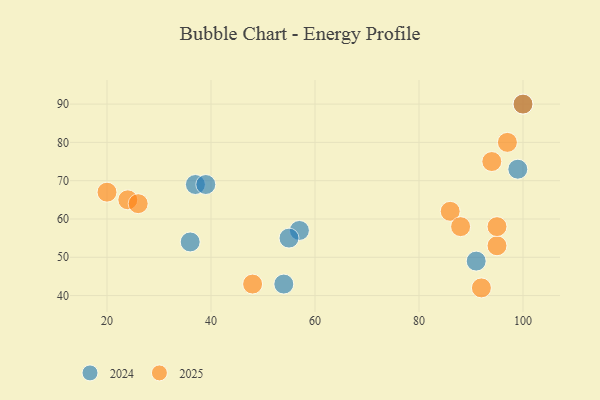
{"axis": {"x": "GDP", "y": "Life Expectancy"}, "legend": ["2024", "2025"], "data": [{"x": "95", "y": 53, "type": "2025"}, {"x": "48", "y": 43, "type": "2025"}, {"x": "20", "y": 67, "type": "2025"}, {"x": "94", "y": 75, "type": "2025"}, {"x": "92", "y": 42, "type": "2025"}, {"x": "86", "y": 62, "type": "2025"}, {"x": "24", "y": 65, "type": "2025"}, {"x": "95", "y": 58, "type": "2025"}, {"x": "100", "y": 90, "type": "2025"}, {"x": "88", "y": 58, "type": "2025"}, {"x": "26", "y": 64, "type": "2025"}, {"x": "97", "y": 80, "type": "2025"}, {"x": "37", "y": 69, "type": "2024"}, {"x": "39", "y": 69, "type": "2024"}, {"x": "57", "y": 57, "type": "2024"}, {"x": "54", "y": 43, "type": "2024"}, {"x": "36", "y": 54, "type": "2024"}, {"x": "99", "y": 73, "type": "2024"}, {"x": "55", "y": 55, "type": "2024"}, {"x": "91", "y": 49, "type": "2024"}, {"x": "100", "y": 90, "type": "2024"}]}